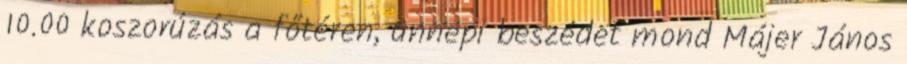
10.00 koszorúzás a főtéren, ünnepi beszédet mond Májer János